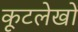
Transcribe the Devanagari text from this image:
कूटलेखों